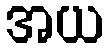
အယ